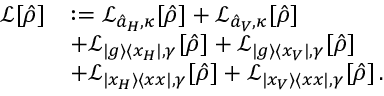
\begin{array} { r l } { \mathcal { L } [ \hat { \rho } ] } & { : = \mathcal { L } _ { \hat { a } _ { H } , \kappa } [ \hat { \rho } ] + \mathcal { L } _ { \hat { a } _ { V } , \kappa } [ \hat { \rho } ] } \\ & { + \mathcal { L } _ { \vert g \rangle \langle x _ { H } \vert , \gamma } [ \hat { \rho } ] + \mathcal { L } _ { \vert g \rangle \langle x _ { V } \vert , \gamma } [ \hat { \rho } ] } \\ & { + \mathcal { L } _ { \vert x _ { H } \rangle \langle x x \vert , \gamma } [ \hat { \rho } ] + \mathcal { L } _ { \vert x _ { V } \rangle \langle x x \vert , \gamma } [ \hat { \rho } ] \, . } \end{array}